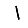
Digit: 1